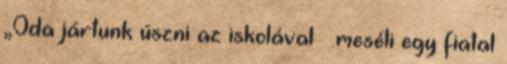
„Oda jártunk úszni az iskolával – meséli egy fiatal